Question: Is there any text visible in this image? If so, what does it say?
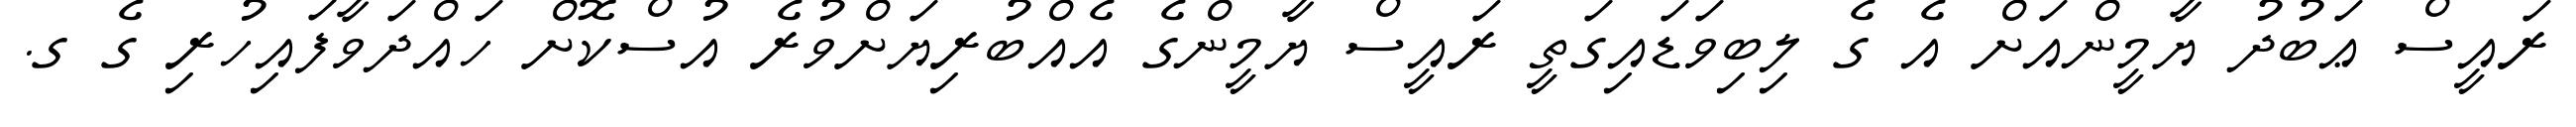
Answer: ރައީސް ޢަބުދު ޔާމީންއަށް އެ ގެ ލިބިވަޑައިގަތީ ރައީސް ޔާމީންގެ އެއްބުރިޔަށްވުރެ އުސްކޮށް ހައްދަވާފައިހުރި ގެ ގ.